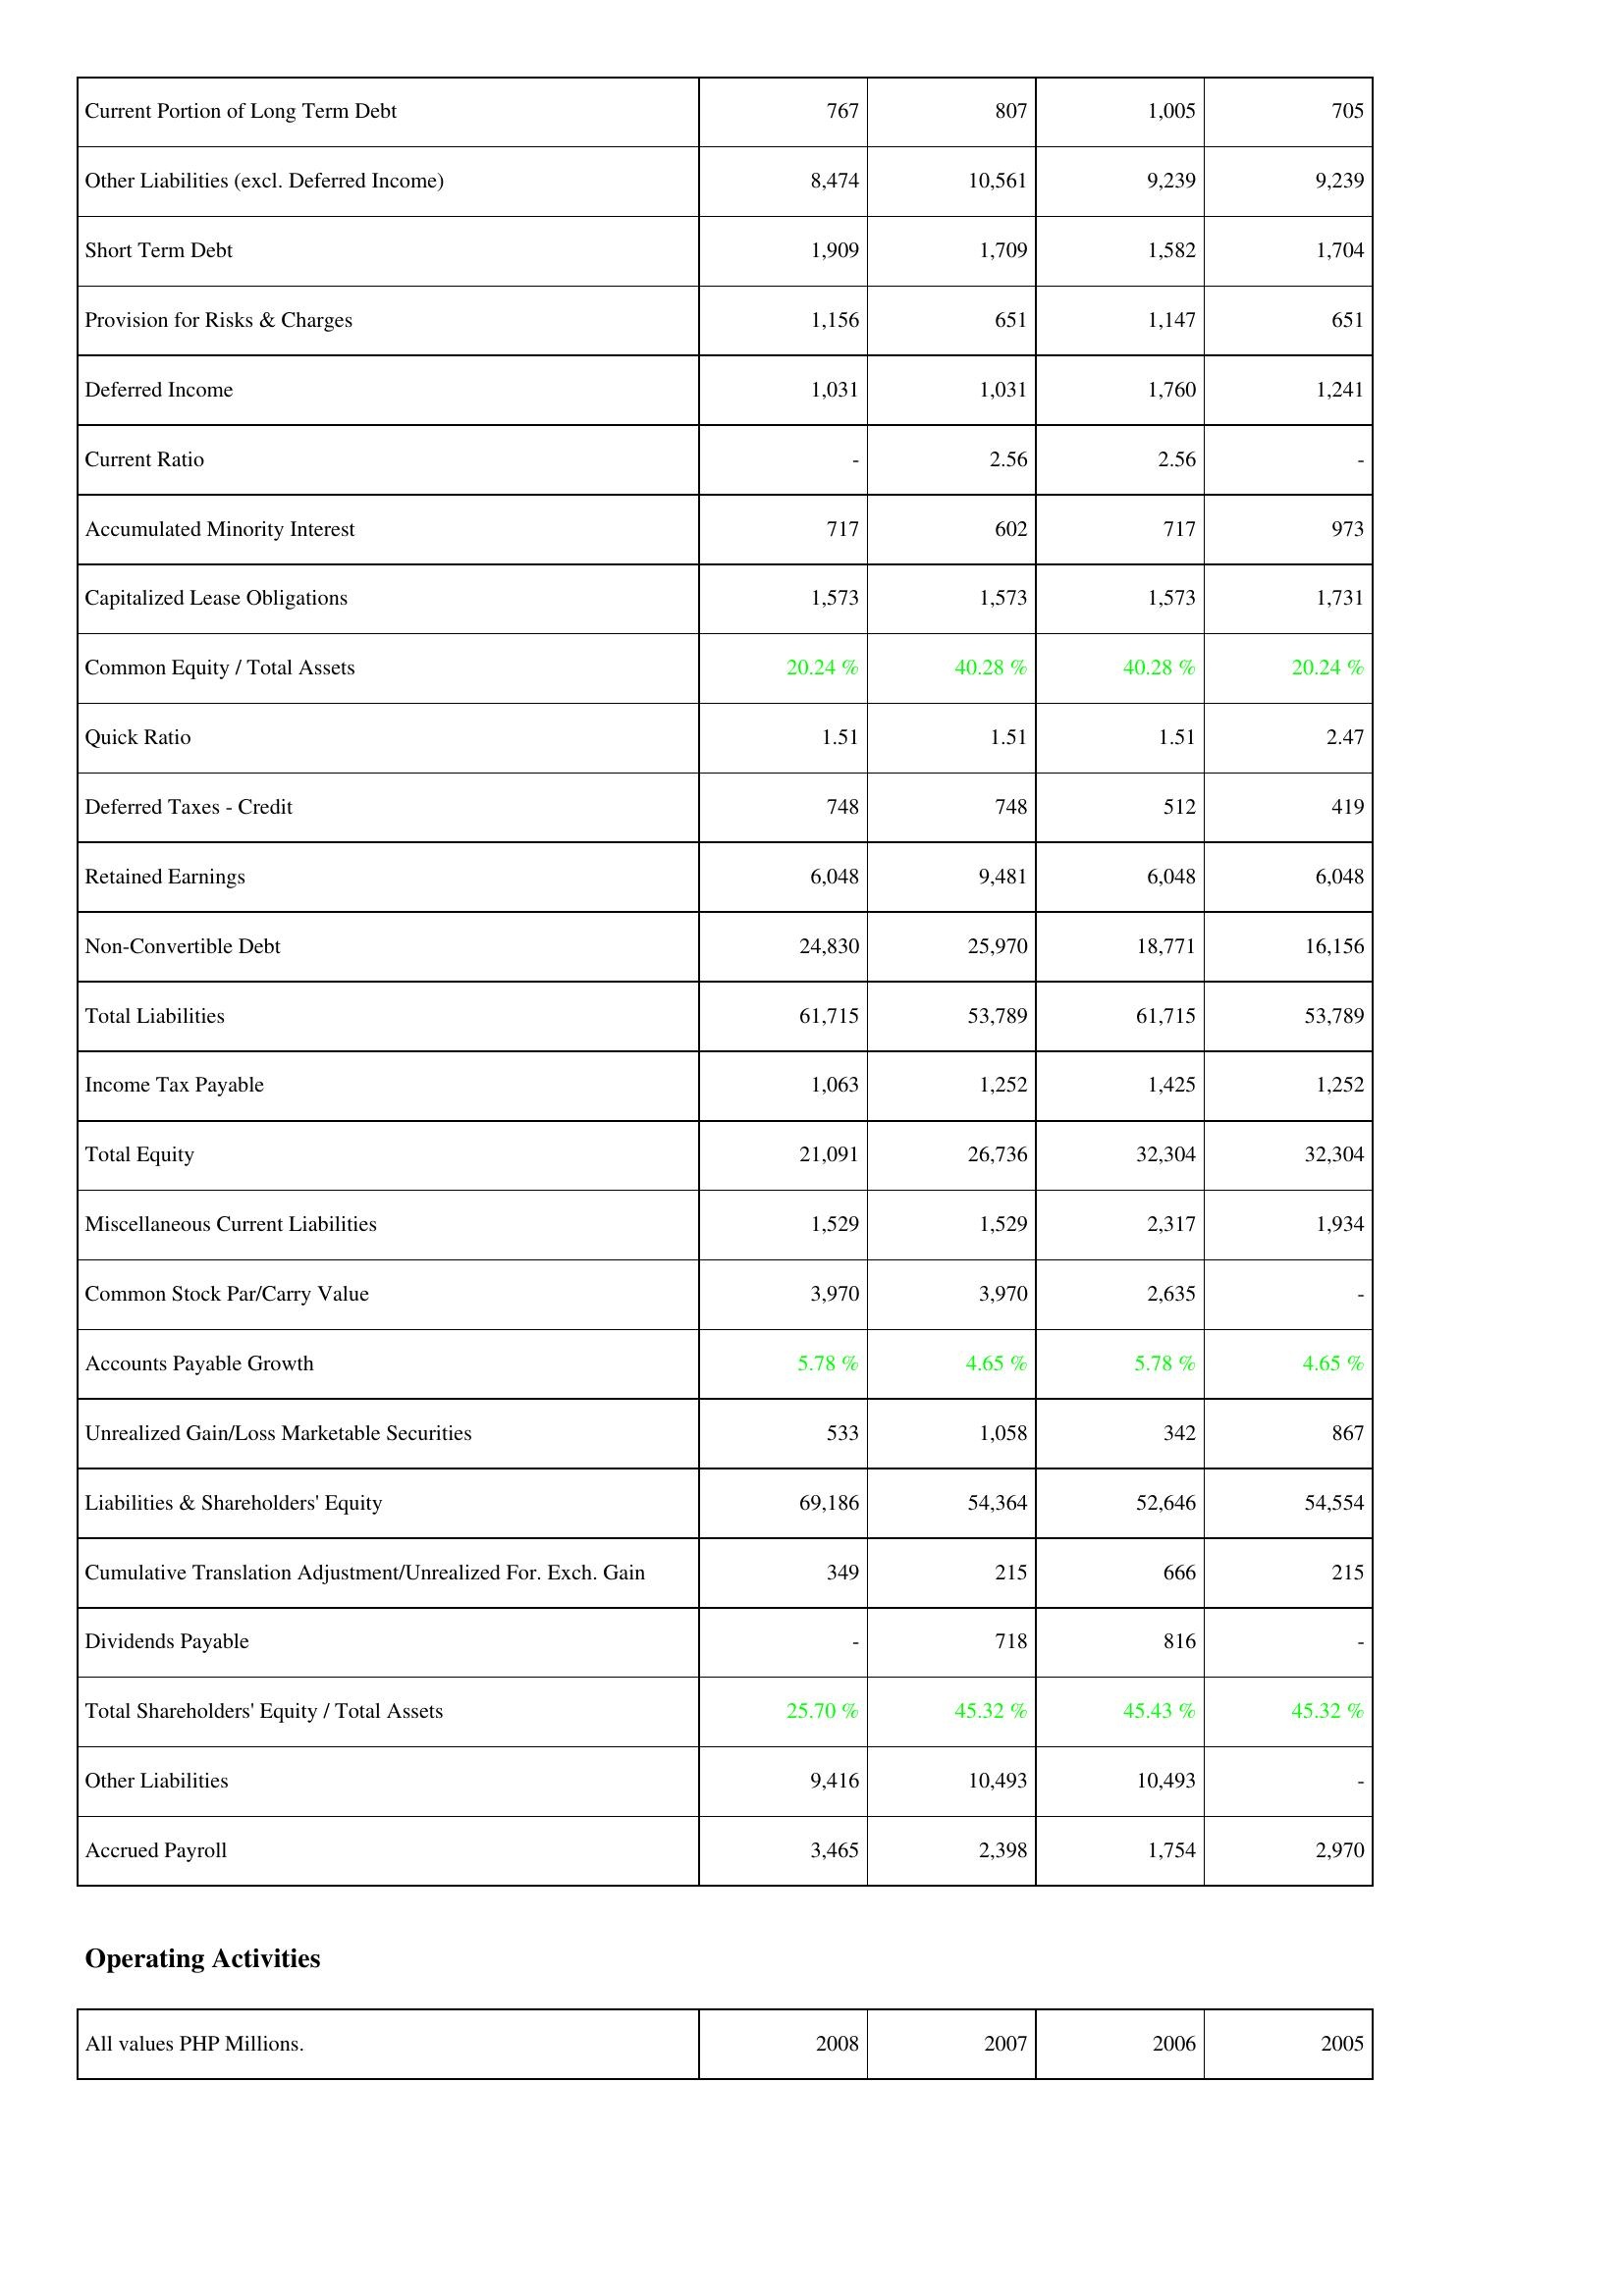
2008: Liabilities & Shareholders' Equity: Current Portion of Long Term Debt: 767
Other Liabilities (excl. Deferred Income): 8,474
Short Term Debt: 1,909
Provision for Risks & Charges: 1,156
Deferred Income: 1,031
Current Ratio: -
Accumulated Minority Interest: 717
Capitalized Lease Obligations: 1,573
Common Equity / Total Assets: 20.24 %
Quick Ratio: 1.51
Deferred Taxes - Credit: 748
Retained Earnings: 6,048
Non-Convertible Debt: 24,830
Total Liabilities: 61,715
Income Tax Payable: 1,063
Total Equity: 21,091
Miscellaneous Current Liabilities: 1,529
Common Stock Par/Carry Value: 3,970
Accounts Payable Growth: 5.78 %
Unrealized Gain/Loss Marketable Securities: 533
Liabilities & Shareholders' Equity: 69,186
Cumulative Translation Adjustment/Unrealized For. Exch. Gain: 349
Dividends Payable: -
Total Shareholders' Equity / Total Assets: 25.70 %
Other Liabilities: 9,416
Accrued Payroll: 3,465
2007: Liabilities & Shareholders' Equity: Current Portion of Long Term Debt: 807
Other Liabilities (excl. Deferred Income): 10,561
Short Term Debt: 1,709
Provision for Risks & Charges: 651
Deferred Income: 1,031
Current Ratio: 2.56
Accumulated Minority Interest: 602
Capitalized Lease Obligations: 1,573
Common Equity / Total Assets: 40.28 %
Quick Ratio: 1.51
Deferred Taxes - Credit: 748
Retained Earnings: 9,481
Non-Convertible Debt: 25,970
Total Liabilities: 53,789
Income Tax Payable: 1,252
Total Equity: 26,736
Miscellaneous Current Liabilities: 1,529
Common Stock Par/Carry Value: 3,970
Accounts Payable Growth: 4.65 %
Unrealized Gain/Loss Marketable Securities: 1,058
Liabilities & Shareholders' Equity: 54,364
Cumulative Translation Adjustment/Unrealized For. Exch. Gain: 215
Dividends Payable: 718
Total Shareholders' Equity / Total Assets: 45.32 %
Other Liabilities: 10,493
Accrued Payroll: 2,398
2006: Liabilities & Shareholders' Equity: Current Portion of Long Term Debt: 1,005
Other Liabilities (excl. Deferred Income): 9,239
Short Term Debt: 1,582
Provision for Risks & Charges: 1,147
Deferred Income: 1,760
Current Ratio: 2.56
Accumulated Minority Interest: 717
Capitalized Lease Obligations: 1,573
Common Equity / Total Assets: 40.28 %
Quick Ratio: 1.51
Deferred Taxes - Credit: 512
Retained Earnings: 6,048
Non-Convertible Debt: 18,771
Total Liabilities: 61,715
Income Tax Payable: 1,425
Total Equity: 32,304
Miscellaneous Current Liabilities: 2,317
Common Stock Par/Carry Value: 2,635
Accounts Payable Growth: 5.78 %
Unrealized Gain/Loss Marketable Securities: 342
Liabilities & Shareholders' Equity: 52,646
Cumulative Translation Adjustment/Unrealized For. Exch. Gain: 666
Dividends Payable: 816
Total Shareholders' Equity / Total Assets: 45.43 %
Other Liabilities: 10,493
Accrued Payroll: 1,754
2005: Liabilities & Shareholders' Equity: Current Portion of Long Term Debt: 705
Other Liabilities (excl. Deferred Income): 9,239
Short Term Debt: 1,704
Provision for Risks & Charges: 651
Deferred Income: 1,241
Current Ratio: -
Accumulated Minority Interest: 973
Capitalized Lease Obligations: 1,731
Common Equity / Total Assets: 20.24 %
Quick Ratio: 2.47
Deferred Taxes - Credit: 419
Retained Earnings: 6,048
Non-Convertible Debt: 16,156
Total Liabilities: 53,789
Income Tax Payable: 1,252
Total Equity: 32,304
Miscellaneous Current Liabilities: 1,934
Common Stock Par/Carry Value: -
Accounts Payable Growth: 4.65 %
Unrealized Gain/Loss Marketable Securities: 867
Liabilities & Shareholders' Equity: 54,554
Cumulative Translation Adjustment/Unrealized For. Exch. Gain: 215
Dividends Payable: -
Total Shareholders' Equity / Total Assets: 45.32 %
Other Liabilities: -
Accrued Payroll: 2,970